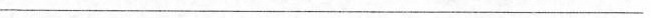
___